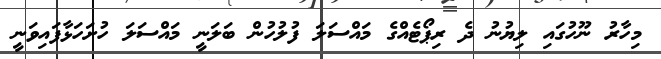
މިހާރު ނޫހުގައި ލިޔުނު ދެ ރިޕޯޓެއްގެ މައްސަލަ ފުލުހުން ބަލަނީ މައްސަލަ ހުށަހަޅާފައިވަނީ